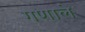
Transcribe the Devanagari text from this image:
गणाले